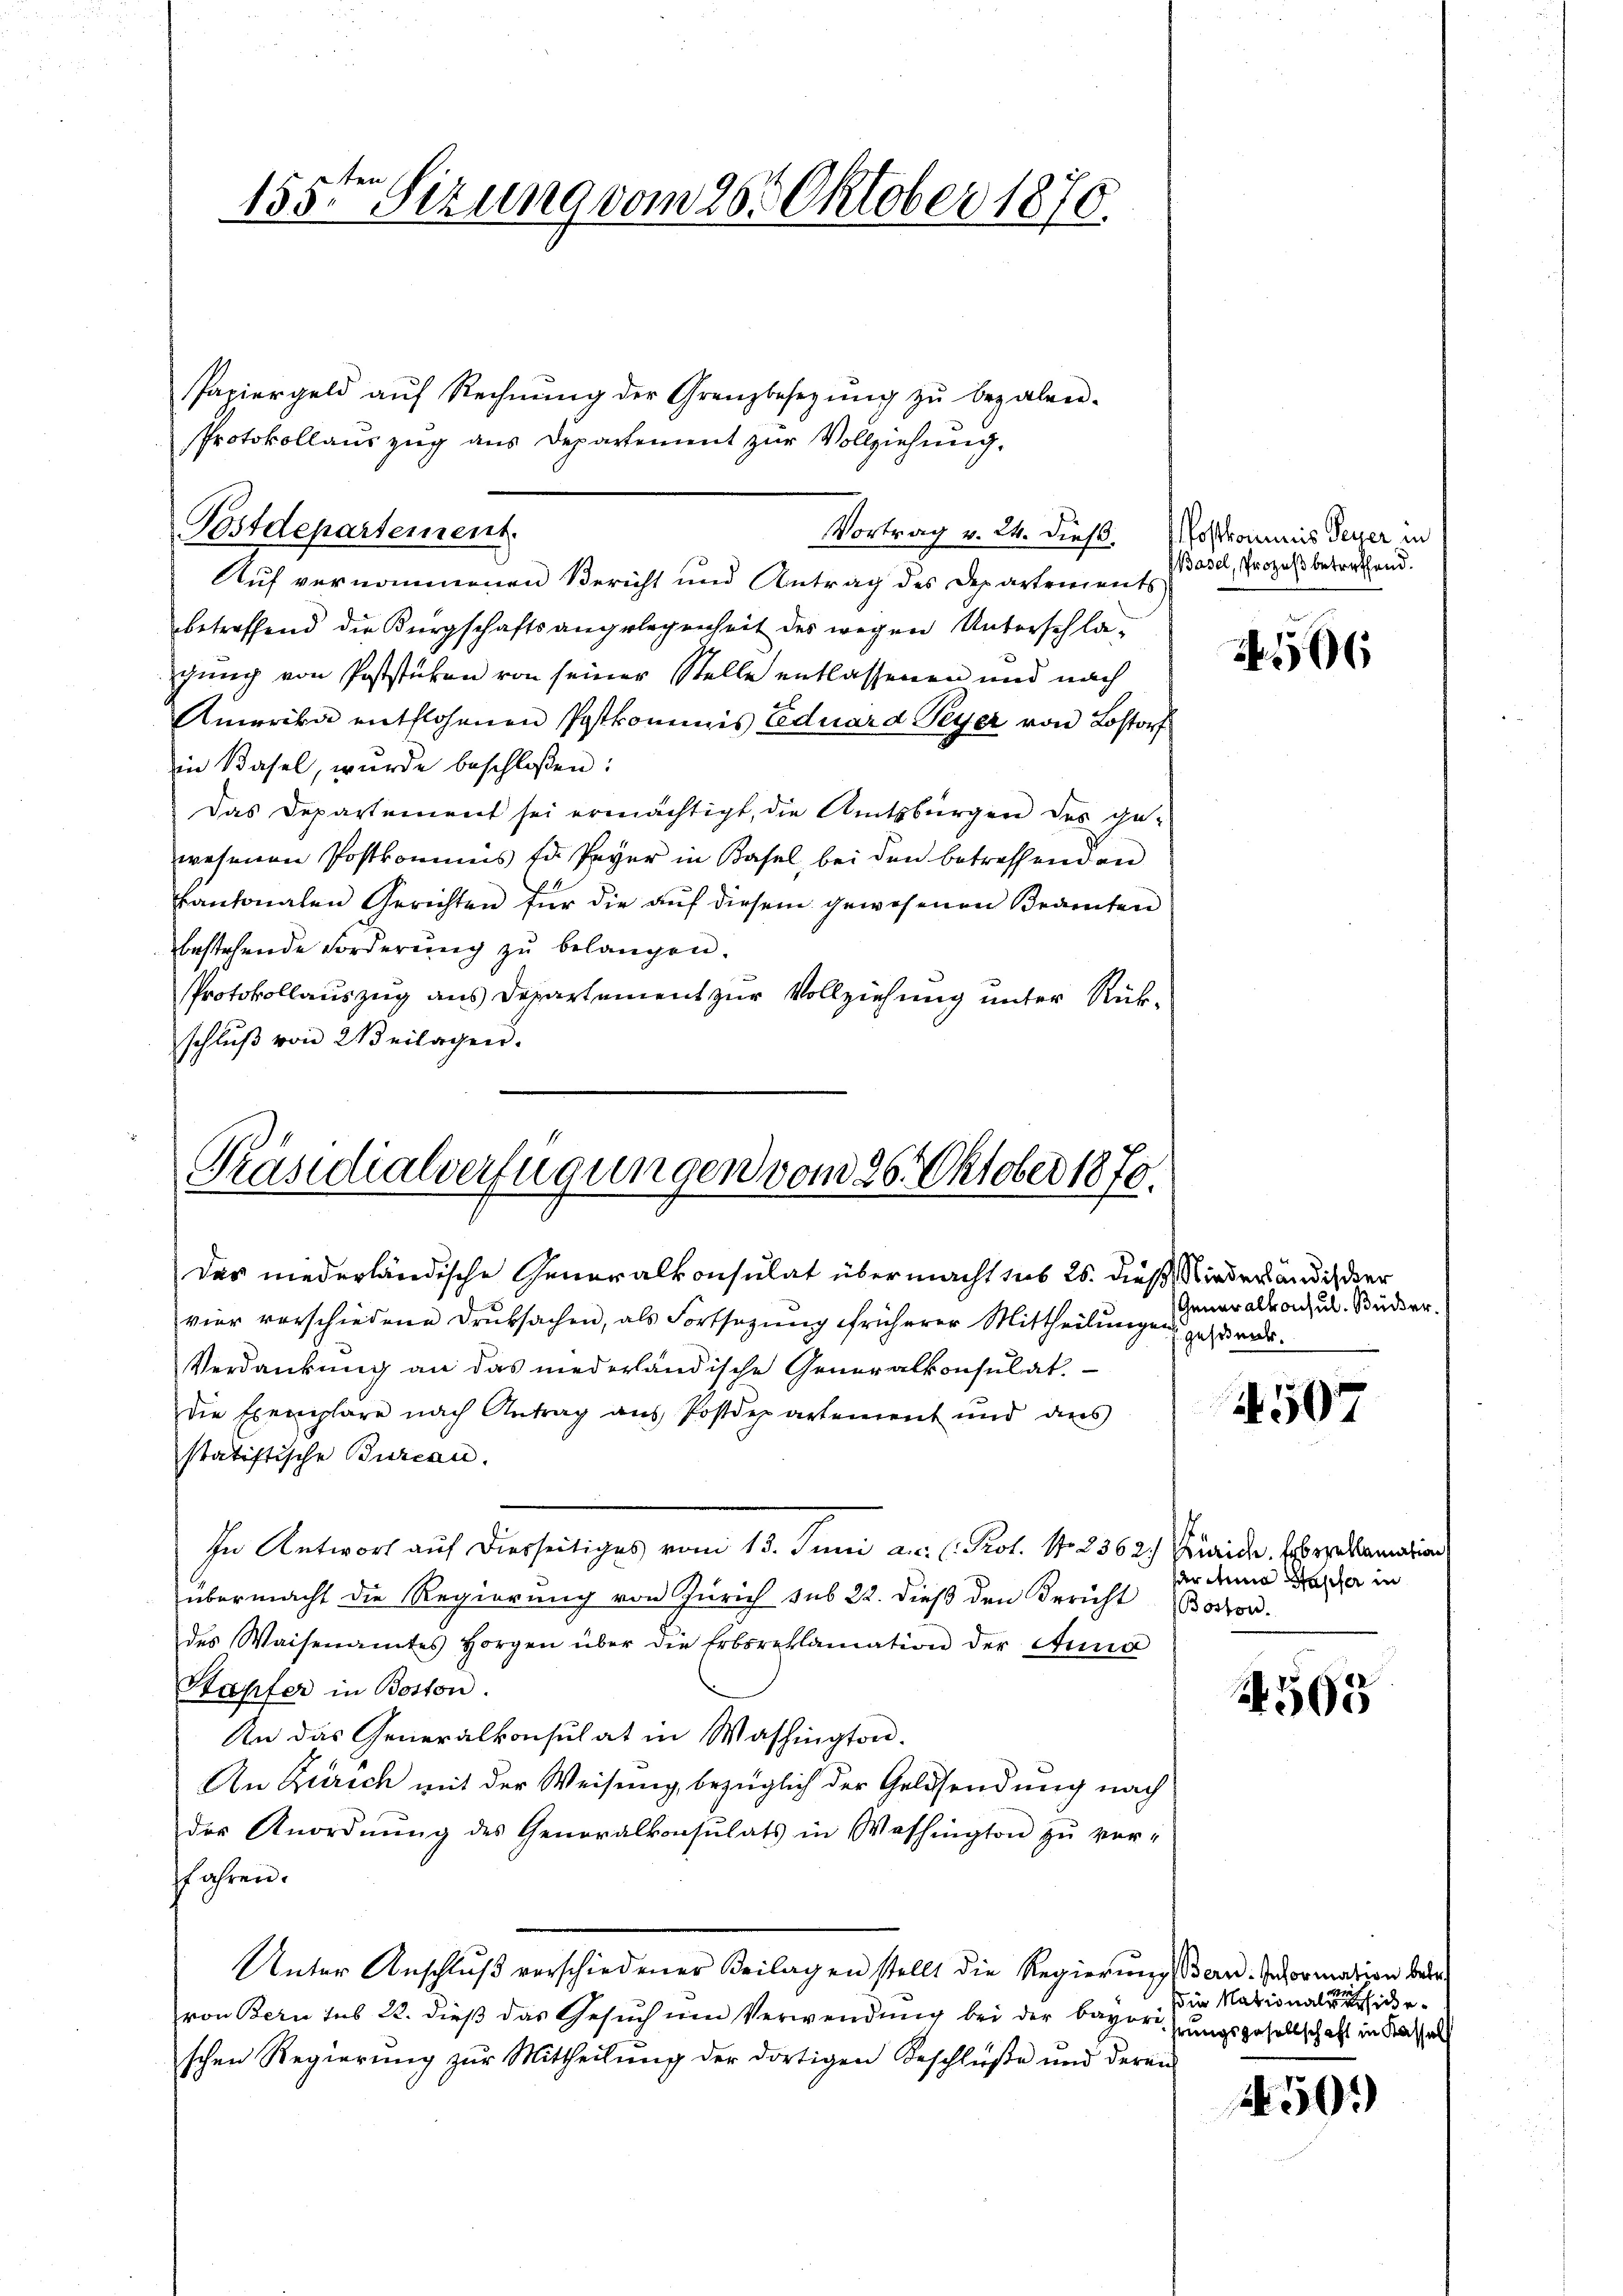
155ten Sizung vom 26. Oktober 1870.

Papiergeld aŭf Rechnŭng der Grenzbesetzŭng zŭ bezalen.
Protokollauszug aus Departement zur Vollziehung.

Postdepartement.
Auf vernommenen Bericht und Antrag des Departements

Vortrag v. 24. dieß. Postkommis Peyer in
betreffend die Bürgschaftsangelegenheit des wegen Unterschlagung von Poststuben von seiner Stelle entlassenen und nach
Amerika entflohenen Postkommnis Eduard Peyer von Lostorf
in Basel, wurde beschloßen:
Das Departement sei ermächtigt, die Amtsbürgen des ge-
wesenen Postkommnis für Peyer in Basel bei den betreffenden
kantonalen Gerichten für die aŭf diesem gewesenen Beamten
bestehende Forderung zu belangen.
Protokollauszug aus Departement zur Vollziehung unter Rückschluß von Weilagen.

Präsidialverfügungen vom 26. Oktober 1870.

Das niederländische Generalkonsulat übermacht sub 26. dieß Niederländischer
vier verschiedene Druksachen, als Fortsezung früherer Mittheilungen gesunde.
Verdankung an das niederländische Generalkonsulat.
die Exemplare nach Antrag aus Postdepartement und dies
statistische Burcan.
In Antwort auf diesseitiges vom 15. Juni a. C. Prol. 1. 2362) Fride. Oberamten
übermacht die Regierung von Zürich sub 22. dieß den Bericht (Bostor.
des Waisenamtes Horgen über die Erbsreklamation der Anna
Stapfer in Boston.
An das Generalkonsulat in Washington.
An Zürich mit der Weisung, bezüglich der Geldsendung nach
der Anordnung des Generalkonsulats in Washington zu ver-
fahren.
Unter Anschluß verschiedener Beilagen stellt die Regierungsern. Information des
von Bern sub 22. dieβ das Gesŭch ŭm Verwendŭng bei der bevor Grungsgesellschaft in Kasse
schen Regierung zur Mittheilung der dortigen Beschlüße und deren

Basel, Prozeß betreffend.

2166

Generalkonsul Busser.

1507

ar Anna Stapfer in

1595

s in Nationalverschie¬

450.